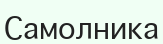
Самолника